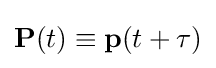
\mathbf {P} (t)\equiv \mathbf {p} (t+\tau )